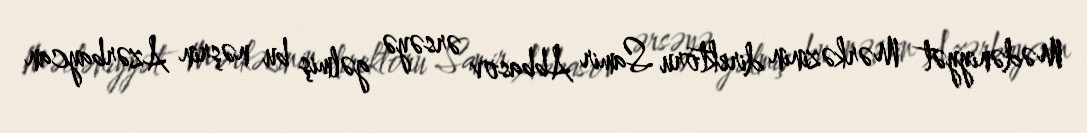
Mədəniyyət Mərkəzinin direktoru Samir Abbasov ərsəyə gəlmiş bu nəşrin Azərbaycan